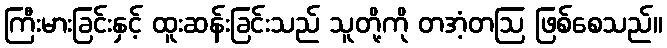
ကြီးမားခြင်းနှင့် ထူးဆန်းခြင်းသည် သူတို့ကို တအံ့တဩ ဖြစ်စေသည်။